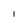
Character: l